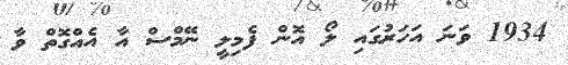
1934 ވަނަ އަހަރުގައި ލޯ އޮން ފެމިލީ ނޭމްސް އާ އެއްގޮތް ވާ